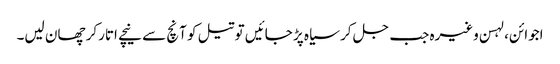
اجوائن، لہسن وغیرہ جب جل کر سیاہ پڑ جائیں تو تیل کو آنچ سے نیچے اتارکر چھان لیں۔